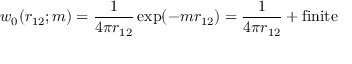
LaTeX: w _ { 0 } ( r _ { 1 2 } ; m ) = \frac { 1 } { 4 \pi r _ { 1 2 } } \exp ( - m r _ { 1 2 } ) = \frac 1 { 4 \pi r _ { 1 2 } } + \mathrm { f i n i t e }